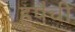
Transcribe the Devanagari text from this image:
हूपैची